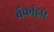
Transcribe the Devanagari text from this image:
बॅकांद्वारे